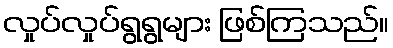
လှုပ်လှုပ်ရွရွများ ဖြစ်ကြသည်။